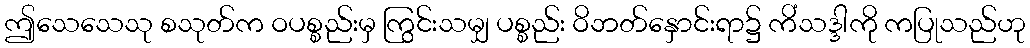
ဤသေသေသု စသုတ်က ဝပစ္စည်းမှ ကြွင်းသမျှ ပစ္စည်း ဝိဘတ်နှောင်းရာ၌ ကိံသဒ္ဒါကို ကပြုသည်ဟု